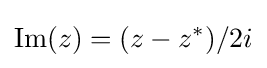
\mathrm {Im} (z)=(z-z^{*})/2i